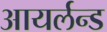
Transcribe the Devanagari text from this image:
आयर्लन्ड